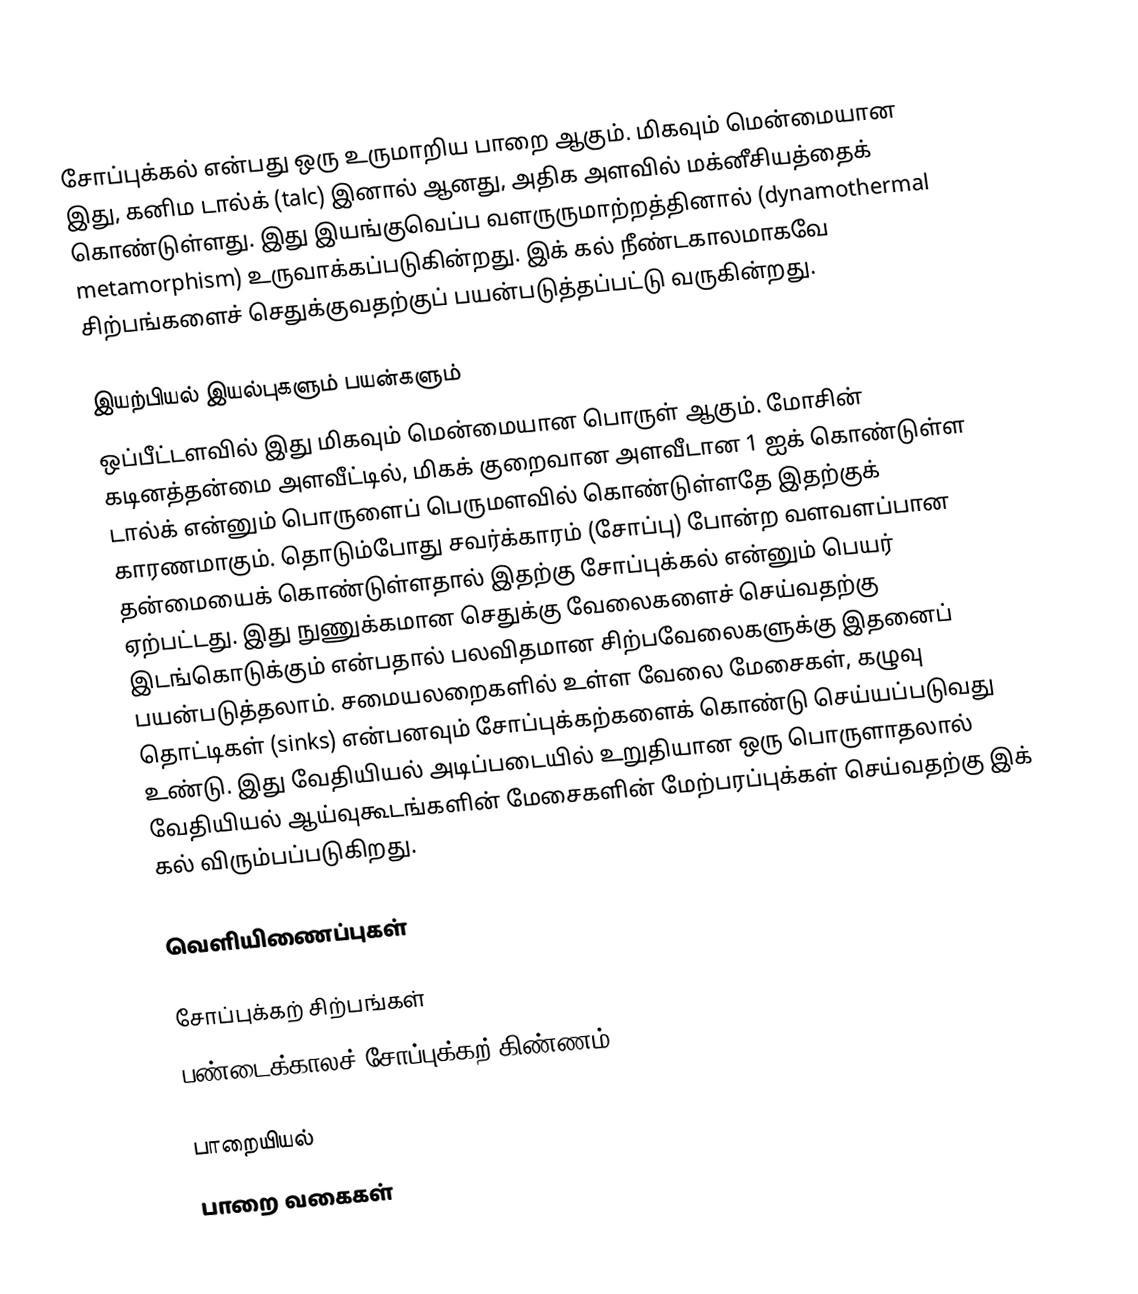
சோப்புக்கல் என்பது ஒரு உருமாறிய பாறை ஆகும். மிகவும் மென்மையான இது, கனிம டால்க் (talc) இனால் ஆனது, அதிக அளவில் மக்னீசியத்தைக் கொண்டுள்ளது. இது இயங்குவெப்ப வளருருமாற்றத்தினால் (dynamothermal metamorphism) உருவாக்கப்படுகின்றது. இக் கல் நீண்டகாலமாகவே சிற்பங்களைச் செதுக்குவதற்குப் பயன்படுத்தப்பட்டு வருகின்றது.

இயற்பியல் இயல்புகளும் பயன்களும்
ஒப்பீட்டளவில் இது மிகவும் மென்மையான பொருள் ஆகும். மோசின் கடினத்தன்மை அளவீட்டில், மிகக் குறைவான அளவீடான 1 ஐக் கொண்டுள்ள டால்க் என்னும் பொருளைப் பெருமளவில் கொண்டுள்ளதே இதற்குக் காரணமாகும். தொடும்போது சவர்க்காரம் (சோப்பு) போன்ற வளவளப்பான தன்மையைக் கொண்டுள்ளதால் இதற்கு சோப்புக்கல் என்னும் பெயர் ஏற்பட்டது. இது நுணுக்கமான செதுக்கு வேலைகளைச் செய்வதற்கு இடங்கொடுக்கும் என்பதால் பலவிதமான சிற்பவேலைகளுக்கு இதனைப் பயன்படுத்தலாம். சமையலறைகளில் உள்ள வேலை மேசைகள், கழுவு தொட்டிகள் (sinks) என்பனவும் சோப்புக்கற்களைக் கொண்டு செய்யப்படுவது உண்டு. இது வேதியியல் அடிப்படையில் உறுதியான ஒரு பொருளாதலால் வேதியியல் ஆய்வுகூடங்களின் மேசைகளின் மேற்பரப்புக்கள் செய்வதற்கு இக் கல் விரும்பப்படுகிறது.

வெளியிணைப்புகள்

 சோப்புக்கற் சிற்பங்கள்
 பண்டைக்காலச் சோப்புக்கற் கிண்ணம்

பாறையியல்
பாறை வகைகள்